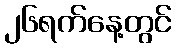
၂၆ရက်နေ့တွင်